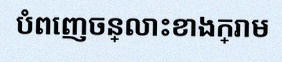
បំពេញចន្លោះខាងក្រោម